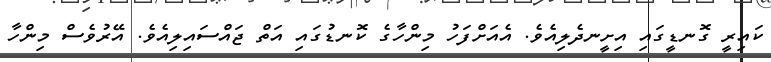
ކައިރީ ގޮނޑީގައި އިށީނދެލިއެވެ. އެއަށްފަހު މިންހާގެ ކޮނޑުގައި އަތް ޖައްސައިލިއެވެ. އޭރުވެސް މިންހާ